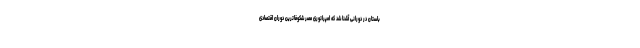
باستان در دورانی آشنا شد که امپراتوری مصر شکوفاترین دوران اقتصادی